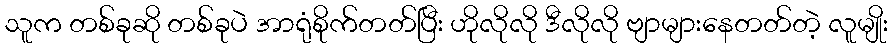
သူက တစ်ခုဆို တစ်ခုပဲ အာရုံစိုက်တတ်ပြီး ဟိုလိုလို ဒီလိုလို ဗျာများနေတတ်တဲ့ လူမျိုး